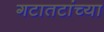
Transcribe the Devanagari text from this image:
गटातटांच्या